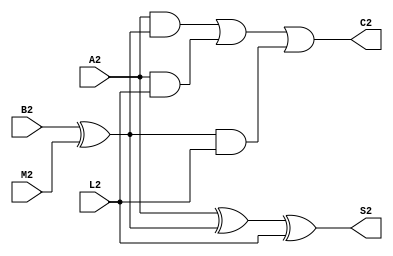
module bloco3 (output wire C2, S2,
							
				  input wire	L2,A2,B2,M2);
				 wire BXM;
assign BXM = B2^M2;				  
assign S2 = (A2^BXM)^L2;		
assign C2 =  (A2 & BXM) | (A2 & L2) | (BXM & L2);
endmodule